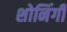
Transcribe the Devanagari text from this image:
शोनिंगी